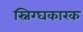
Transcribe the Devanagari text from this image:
स्निग्घकारक